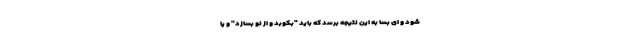
شود و ای بسا به این نتیجه برسد که باید "بکوبد و از نو بسازد" و یا